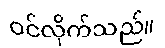
ဝင်လိုက်သည်။